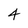
Character: 4